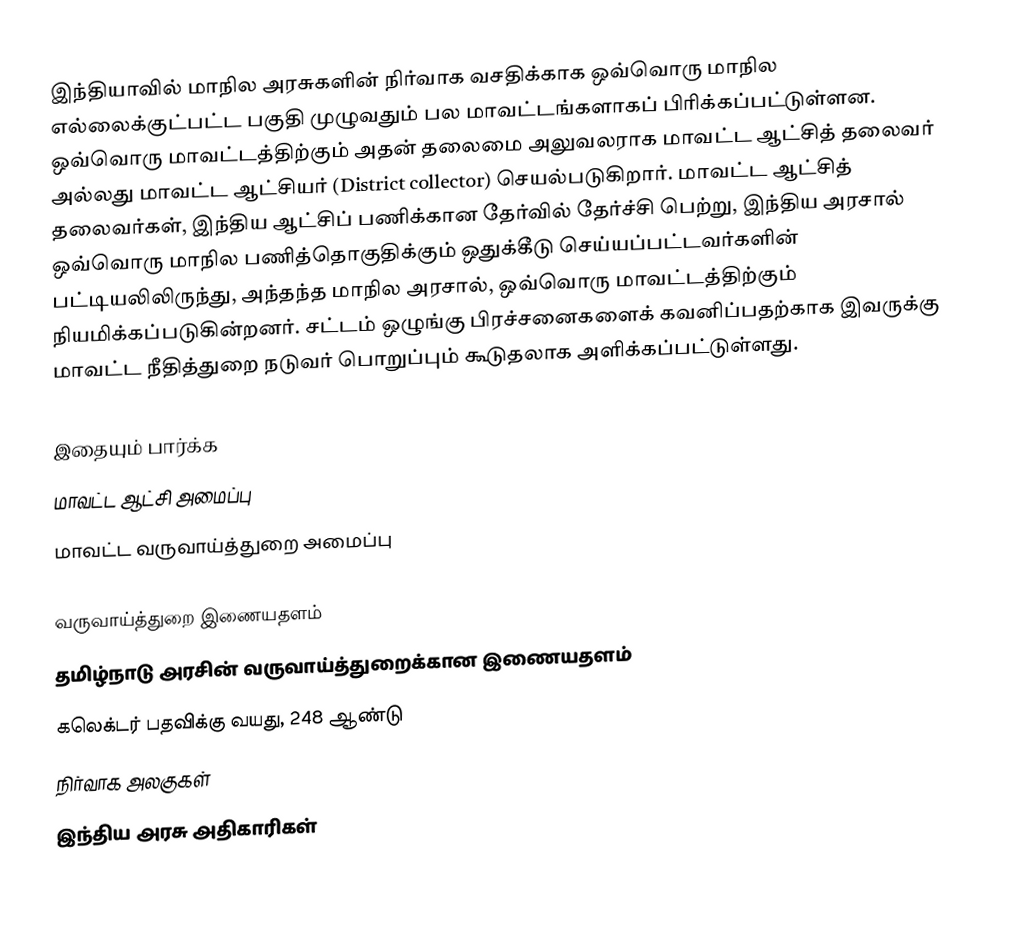
இந்தியாவில் மாநில அரசுகளின் நிர்வாக வசதிக்காக ஒவ்வொரு மாநில எல்லைக்குட்பட்ட பகுதி முழுவதும் பல மாவட்டங்களாகப் பிரிக்கப்பட்டுள்ளன. ஒவ்வொரு மாவட்டத்திற்கும் அதன் தலைமை அலுவலராக மாவட்ட ஆட்சித் தலைவர் அல்லது மாவட்ட ஆட்சியர் (District collector) செயல்படுகிறார். மாவட்ட ஆட்சித் தலைவர்கள், இந்திய ஆட்சிப் பணிக்கான தேர்வில் தேர்ச்சி பெற்று, இந்திய அரசால் ஒவ்வொரு மாநில பணித்தொகுதிக்கும் ஒதுக்கீடு செய்யப்பட்டவர்களின் பட்டியலிலிருந்து, அந்தந்த மாநில அரசால், ஒவ்வொரு மாவட்டத்திற்கும் நியமிக்கப்படுகின்றனர். சட்டம் ஒழுங்கு பிரச்சனைகளைக் கவனிப்பதற்காக இவருக்கு மாவட்ட நீதித்துறை நடுவர் பொறுப்பும் கூடுதலாக அளிக்கப்பட்டுள்ளது.

இதையும் பார்க்க
மாவட்ட ஆட்சி அமைப்பு
மாவட்ட வருவாய்த்துறை அமைப்பு

வருவாய்த்துறை இணையதளம்
 தமிழ்நாடு அரசின் வருவாய்த்துறைக்கான இணையதளம்
 கலெக்டர் பதவிக்கு வயது, 248 ஆண்டு
நிர்வாக அலகுகள்
இந்திய அரசு அதிகாரிகள்